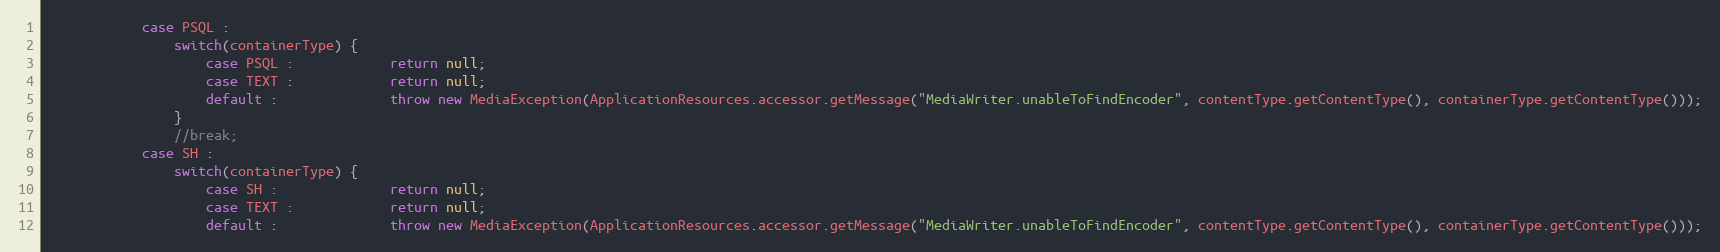
Language: Java
			case PSQL :
				switch(containerType) {
					case PSQL :            return null;
					case TEXT :            return null;
					default :              throw new MediaException(ApplicationResources.accessor.getMessage("MediaWriter.unableToFindEncoder", contentType.getContentType(), containerType.getContentType()));
				}
				//break;
			case SH :
				switch(containerType) {
					case SH :              return null;
					case TEXT :            return null;
					default :              throw new MediaException(ApplicationResources.accessor.getMessage("MediaWriter.unableToFindEncoder", contentType.getContentType(), containerType.getContentType()));